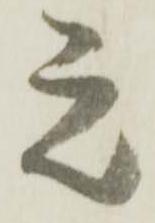
元